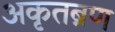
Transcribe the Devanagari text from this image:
अकृतब्रण